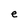
Character: e